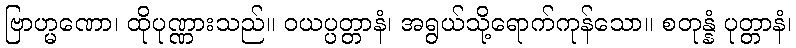
ဗြာဟ္မဏော၊ ထိုပုဏ္ဏားသည်။ ဝယပ္ပတ္တာနံ၊ အရွယ်သို့ရောက်ကုန်သော။ စတုန္နံ ပုတ္တာနံ၊